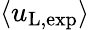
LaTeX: \langle u_{\mathrm{L,exp}}\rangle